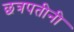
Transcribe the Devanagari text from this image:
छत्रपतीनी